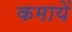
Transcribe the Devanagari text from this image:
कमायें